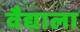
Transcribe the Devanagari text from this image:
वैद्याला